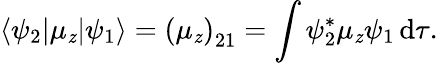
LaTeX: \langle\psi_{2}|\mu_{\mathit{z}}|\psi_{1}\rangle=\left(\mu_{\mathit{z}}\right)_{21}=\int\psi_{2}^{*}\mu_{\mathit{z}}\psi_{1}\, \mathrm{{d}}\tau.